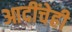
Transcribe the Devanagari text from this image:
आदींचेही